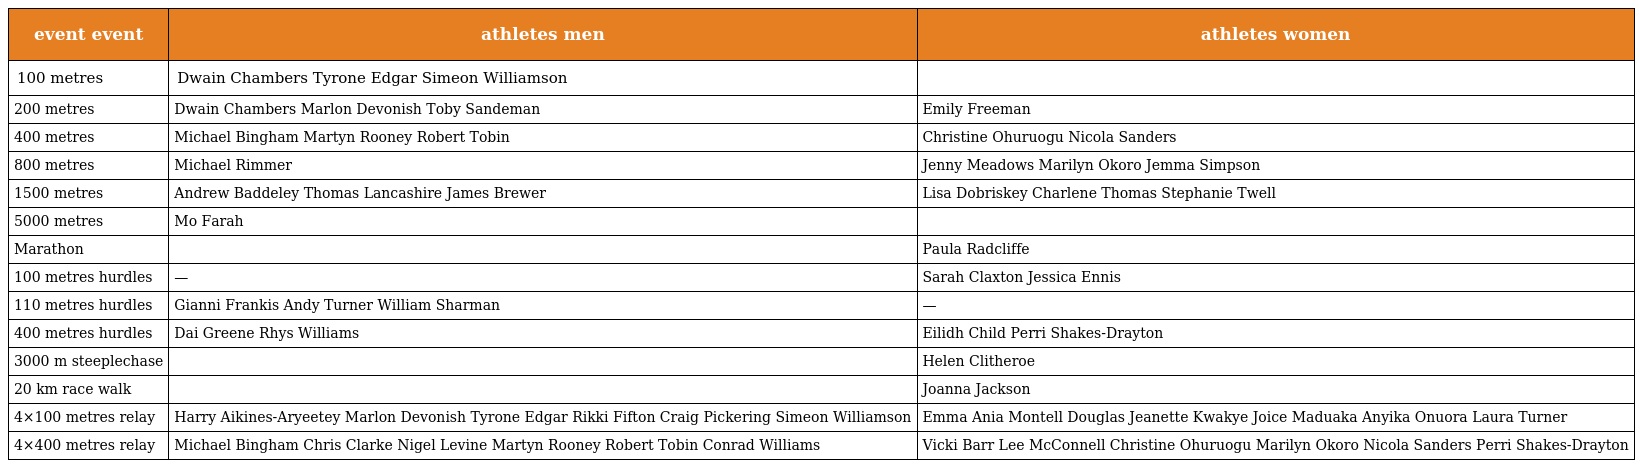
| event event | athletes men | athletes women |
 | --- | --- | --- |
 | 100 metres | Dwain Chambers Tyrone Edgar Simeon Williamson |  |
 | 200 metres | Dwain Chambers Marlon Devonish Toby Sandeman | Emily Freeman |
 | 400 metres | Michael Bingham Martyn Rooney Robert Tobin | Christine Ohuruogu Nicola Sanders |
 | 800 metres | Michael Rimmer | Jenny Meadows Marilyn Okoro Jemma Simpson |
 | 1500 metres | Andrew Baddeley Thomas Lancashire James Brewer | Lisa Dobriskey Charlene Thomas Stephanie Twell |
 | 5000 metres | Mo Farah |  |
 | Marathon |  | Paula Radcliffe |
 | 100 metres hurdles | — | Sarah Claxton Jessica Ennis |
 | 110 metres hurdles | Gianni Frankis Andy Turner William Sharman | — |
 | 400 metres hurdles | Dai Greene Rhys Williams | Eilidh Child Perri Shakes-Drayton |
 | 3000 m steeplechase |  | Helen Clitheroe |
 | 20 km race walk |  | Joanna Jackson |
 | 4×100 metres relay | Harry Aikines-Aryeetey Marlon Devonish Tyrone Edgar Rikki Fifton Craig Pickering Simeon Williamson | Emma Ania Montell Douglas Jeanette Kwakye Joice Maduaka Anyika Onuora Laura Turner |
 | 4×400 metres relay | Michael Bingham Chris Clarke Nigel Levine Martyn Rooney Robert Tobin Conrad Williams | Vicki Barr Lee McConnell Christine Ohuruogu Marilyn Okoro Nicola Sanders Perri Shakes-Drayton |